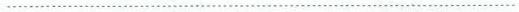
…………